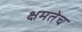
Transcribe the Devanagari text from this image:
क्षमतेच